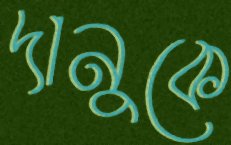
দানুকে